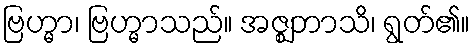
ဗြဟ္မာ၊ ဗြဟ္မာသည်။ အဇ္ဈဘာသိ၊ ရွတ်၏။